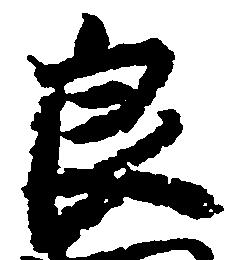
良